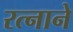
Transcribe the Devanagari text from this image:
रत्नाने